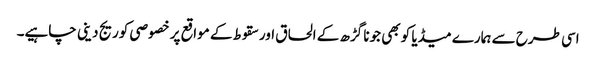
اسی طرح سے ہمارے میڈیا کو بھی جونا گڑھ کے الحاق اور سقوط کے مواقع پر خصوصی کوریج دینی چاہیے۔